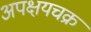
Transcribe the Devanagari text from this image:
अपक्षयचक्र